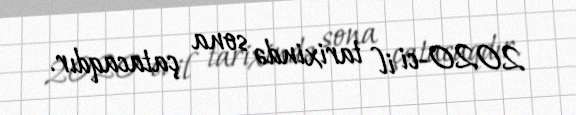
2020-ci il tarixində sona çatacaqdır.